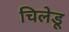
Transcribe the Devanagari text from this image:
चिलेडू